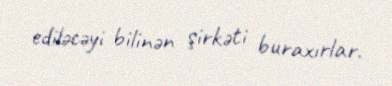
ediləcəyi bilinən şirkəti buraxırlar.